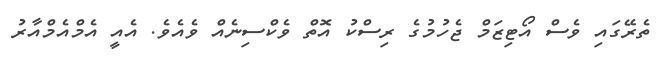
ތެރޭގައި ވެސް އޯޓިޒަމް ޖެހުމުގެ ރިސްކު އޮތް ވެކްސިނެއް ވެއެވެ. އެއީ އެމްއެމްއާރު